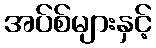
အပ်စ်များနှင့်